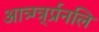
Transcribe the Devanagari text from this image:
आत्र्ग्त्र्र्प्रनलि